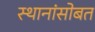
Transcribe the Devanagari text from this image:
स्थानांसोबत